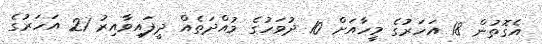
އެގޮތުން 18 އަހަރުގެ މީހާއަށް 10 ދުވަހުގެ މުއްދަތެއް ދީފައިވާއިރު 21 އަހަރުގެ